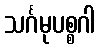
သင်္ဂမုပစ္စဂါ